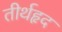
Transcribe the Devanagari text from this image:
तीर्थहृद